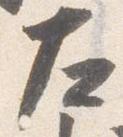
左